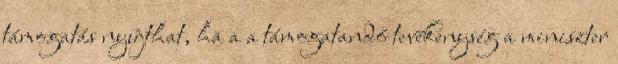
támogatás nyújthat, ha a a támogatandó tevékenység a miniszter